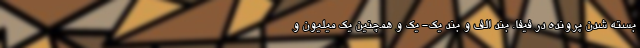
بسته شدن پرونده در فیفا. بند الف و بند یک- یک و همچنین یک میلیون و